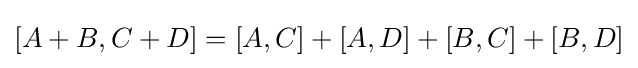
[A+B,C+D]=[A,C]+[A,D]+[B,C]+[B,D]